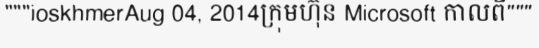
"""ioskhmerAug 04, 2014ក្រុមហ៊ុន Microsoft កាលពី"""